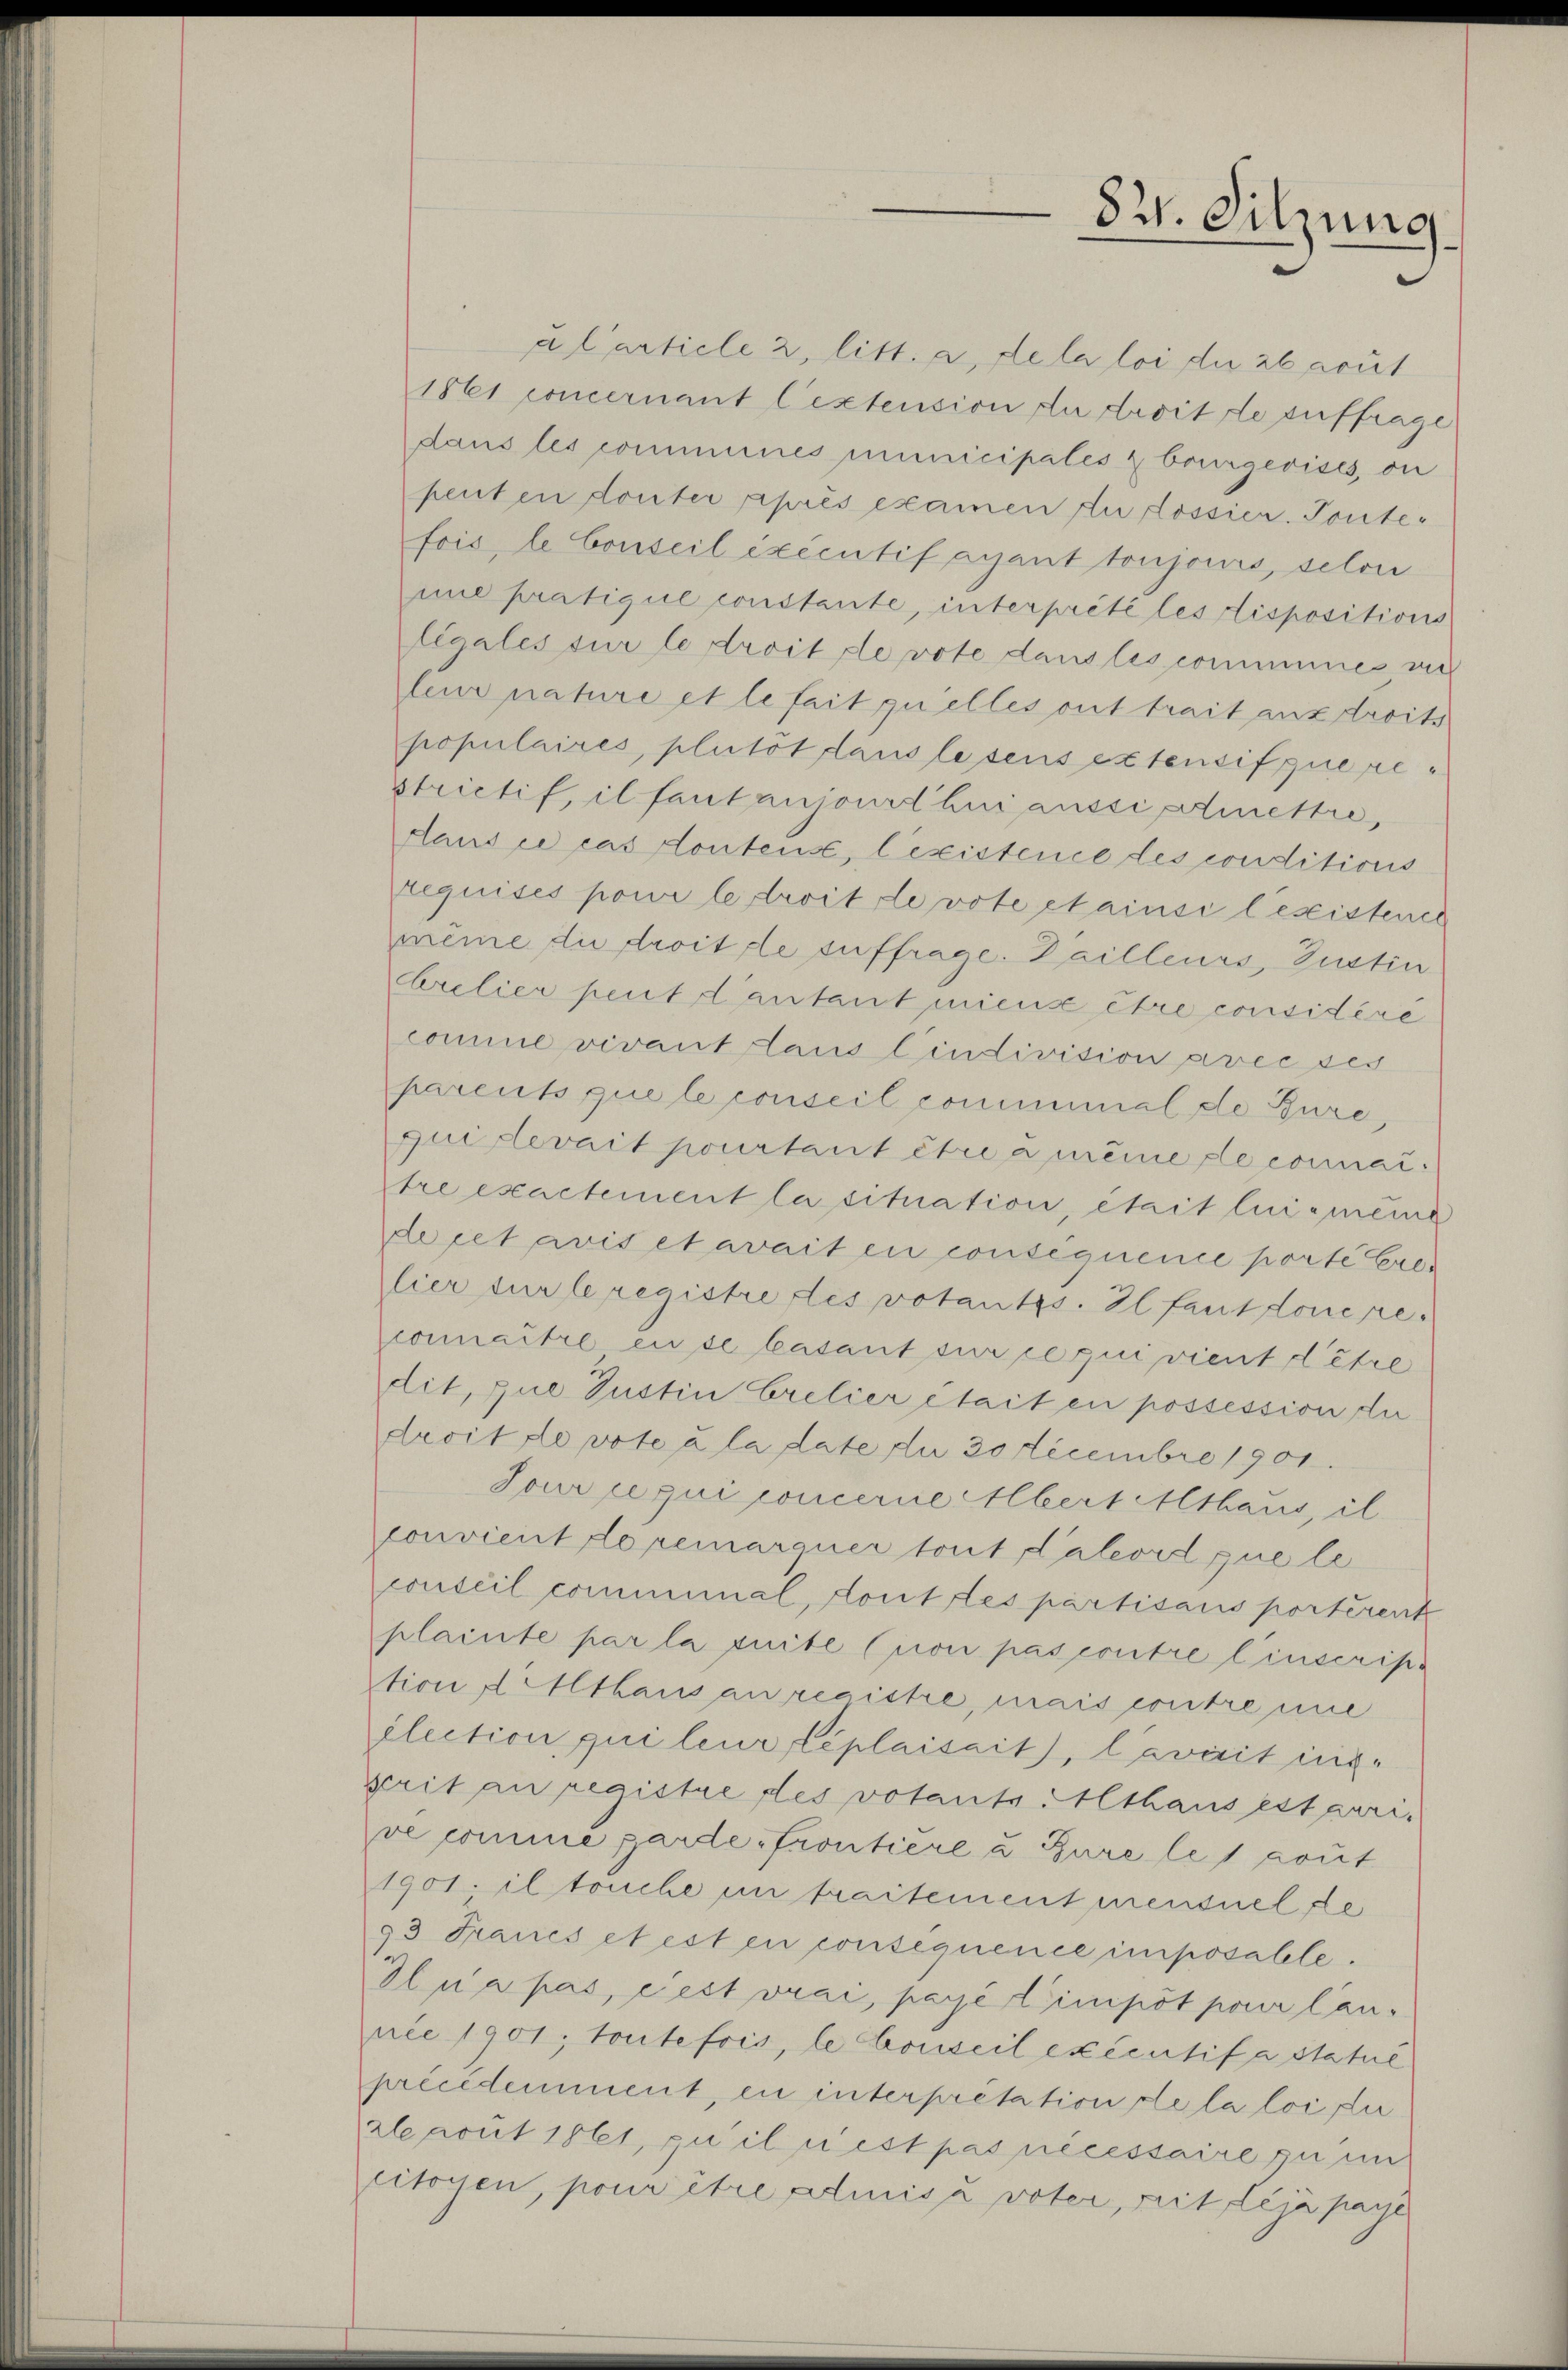
alarticle 2, litt. a, de la loi du 26 acut
1861 concernant Cextension du droit de suffrage
dans les commenes municipales & bourgerises, on
penten touter après examen zu Lossier. Toute-
fois, le Conseil exécutif ayant toujours, selon
mne pratique constante, interprété les rispositions
legales für le droit de vote dans les communes, zu
leur nature et le fait quelles ont trait aux droits
populaires, plutot lauslesens extensif que restrictif, il faut anjour lui aussischmettre,
Hans ce cas dontens, lexistence des conditions
requises pour le droit devote clainsi lesistence
même die droit de suffrage. Vailleurs, Justin
Arelier peut dantant miens être considéré
comme vivant laus lindivision avec des
parents que le conseil cominimal de Bure,
quillerait pourtant être a meine de connai
tre exactement la situation, était lui meine
de cet avis et avait en consequence porte Crelier tur le registre des votantss. Il faut donere.
comaître en de Casant sur ce qui vient détre
dit, que Justin Crelier était en possession die
droit de vote à la date du 30 Decembre 1901.
Tour ce qui concerne Albert Althaus, il
convient deremarquer tout Calcord que le
conseil comminal, dont des partisans portirente
plainte par la suite (non pas contre linscript
tion d Althausauregistre, mais contre nie
élection qui leur léplaisait), lavait insgrit an registre des votante Althaus est geri.
ve comme garde frontiere u. Bure le 1 gout
1901. il touche in traitement mentuel de
93 Fraues et est en conséquence imposalle.
Ilua pas, c est vrai, payé l’impôt pour lannie 1901; toutefois, le Conseil exécutif a Statue
précédemment, en interpretation de la loi sur
Aleacit 1861, qu’il nest pas nécessaire zu im
citoyen, pour être admisa voter, weit déjà paye

83. Sitzung